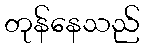
တုန်နေသည်